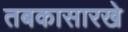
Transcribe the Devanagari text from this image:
तबकासारखे